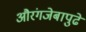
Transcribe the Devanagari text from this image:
औरंगजेबापुढे